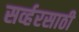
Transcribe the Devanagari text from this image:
सर्व्हरसाठी